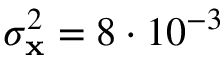
\sigma _ { \mathbf { x } } ^ { 2 } = 8 \cdot 1 0 ^ { - 3 }